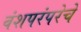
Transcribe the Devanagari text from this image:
वंशपरंपरेचे